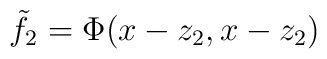
\tilde{f}_2 = \Phi(x - z_2, x - z_2)